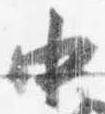
中